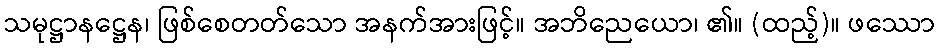
သမုဋ္ဌာနဋ္ဌေန၊ ဖြစ်စေတတ်သော အနက်အားဖြင့်။ အဘိညေယော၊ ၏။ (ထည့်)။ ဖဿော